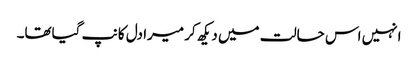
انہیں اس حالت میں دیکھ کر میرا دل کانپ گیاتھا۔